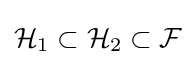
{\mathcal {H}}_{1}\subset {\mathcal {H}}_{2}\subset {\mathcal {F}}